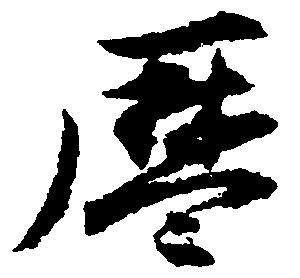
暦